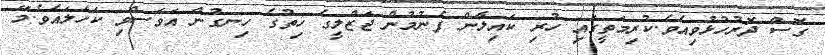
ގޮސް ދޮރުހުޅުވިއެވެ.ކުރިމަތީގައި ހުރި ކައިލާން ފެނުމުން ޖަޒްލީގެ ހިތުގެ ހިނގުން އަވަސްވި ކަހަލައެވެ.މޭ